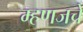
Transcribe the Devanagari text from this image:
म्हणजचे